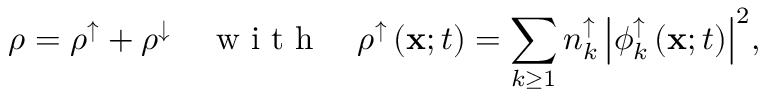
\rho = \rho ^ { \uparrow } + \rho ^ { \downarrow } \quad \mathrm { ~ w ~ i ~ t ~ h ~ } \quad \rho ^ { \uparrow } \left( { \bf x } ; t \right) = \sum _ { k \geq 1 } { n _ { k } ^ { \uparrow } \left| \phi _ { k } ^ { \uparrow } \left( { \bf x } ; t \right) \right| ^ { 2 } } ,